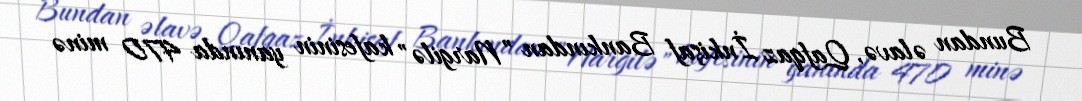
Bundan əlavə, Qafqaz İnkişaf Bankından ”Nargilə" kafesinin yanında 470 minə